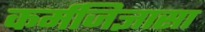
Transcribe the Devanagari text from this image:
कर्मजिज्ञासा